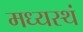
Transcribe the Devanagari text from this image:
मध्यस्थं